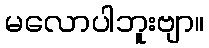
မလောပါဘူးဗျာ။